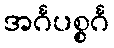
အင်္ဂပစ္စင်္ဂ